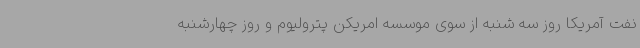
نفت آمریکا روز سه شنبه از سوی موسسه امریکن پترولیوم و روز چهارشنبه